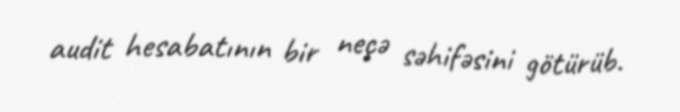
audit hesabatının bir neçə səhifəsini götürüb.